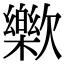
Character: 𣤰